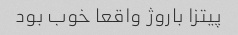
پیتزا باروژ واقعا خوب بود